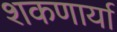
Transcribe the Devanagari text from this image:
शकणार्या